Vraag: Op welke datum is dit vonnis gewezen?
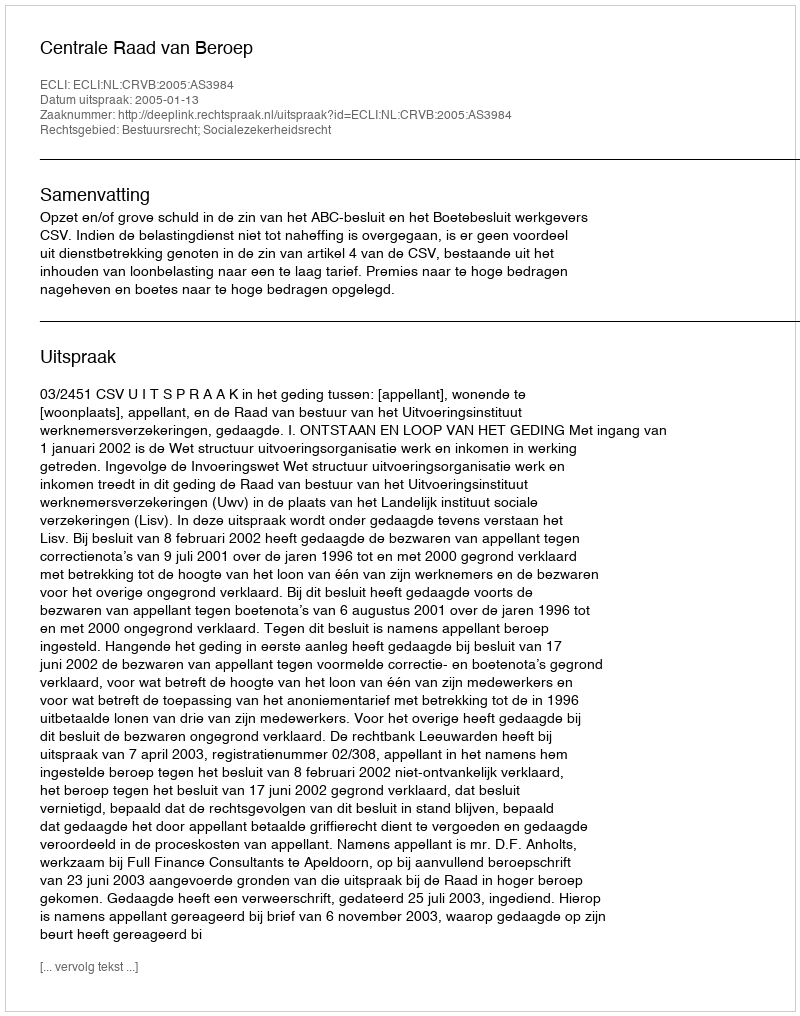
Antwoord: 2005-01-13